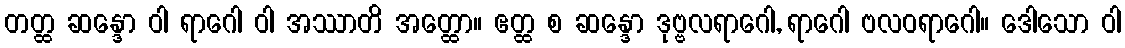
တတ္ထ ဆန္ဒော ဝါ ရာဂေါ ဝါ အဿာတိ အတ္ထော။ ဧတ္ထ စ ဆန္ဒော ဒုဗ္ဗလရာဂေါ, ရာဂေါ ဗလဝရာဂေါ။ ဒေါသော ဝါ